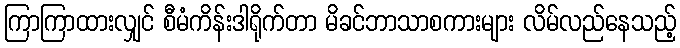
ကြာကြာထားလျှင် စီမံကိန်းဒါရိုက်တာ မိခင်ဘာသာစကားများ လိမ်လည်နေသည့်